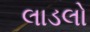
લાડલો